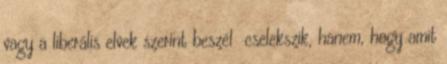
vagy a liberális elvek szerint beszél cselekszik, hanem, hogy amit